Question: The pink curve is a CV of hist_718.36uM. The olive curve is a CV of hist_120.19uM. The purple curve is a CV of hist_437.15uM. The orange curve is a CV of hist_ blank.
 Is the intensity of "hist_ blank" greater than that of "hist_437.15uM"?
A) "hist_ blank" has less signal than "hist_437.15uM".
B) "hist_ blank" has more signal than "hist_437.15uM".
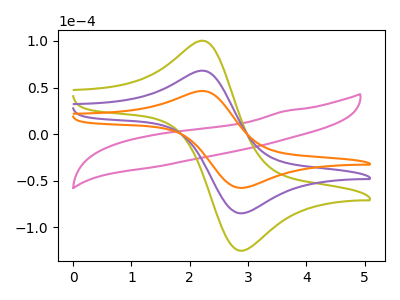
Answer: <think>The pink curve "hist_718.36uM" has no peaks. The olive curve "hist_120.19uM" has an anodic peak at (2.25V, 135.50uA) and a cathodic peak at (2.85V, -170.25uA). The purple curve "hist_437.15uM" has an anodic peak at (2.25V, 67.75uA) and a cathodic peak at (2.85V, -85.10uA). The orange curve "hist_ blank" has an anodic peak at (2.25V, 46.05uA) and a cathodic peak at (2.85V, -57.80uA).
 All the peaks in "hist_ blank" have a peak in "hist_437.15uM" at the same potential. Every peak in "hist_ blank" is lower than every peak in "hist_437.15uM".</think>
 <answer>A) "hist_ blank" has less signal than "hist_437.15uM".</answer>
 <eval>A</eval>